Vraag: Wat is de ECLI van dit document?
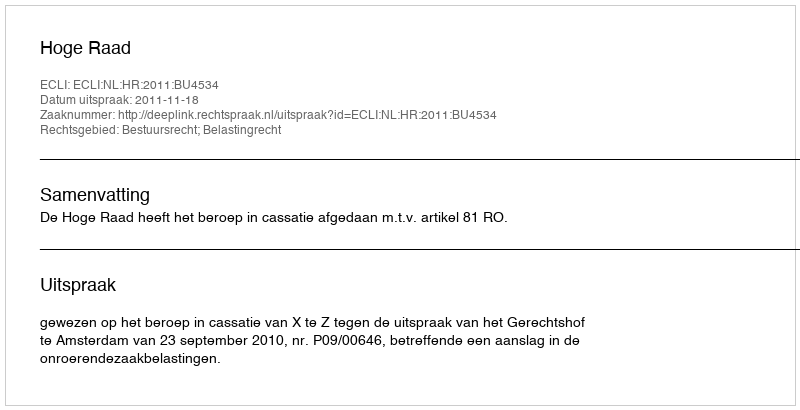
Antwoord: ECLI:NL:HR:2011:BU4534